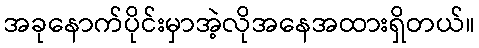
အခုနောက်ပိုင်းမှာအဲ့လိုအနေအထားရှိတယ်။